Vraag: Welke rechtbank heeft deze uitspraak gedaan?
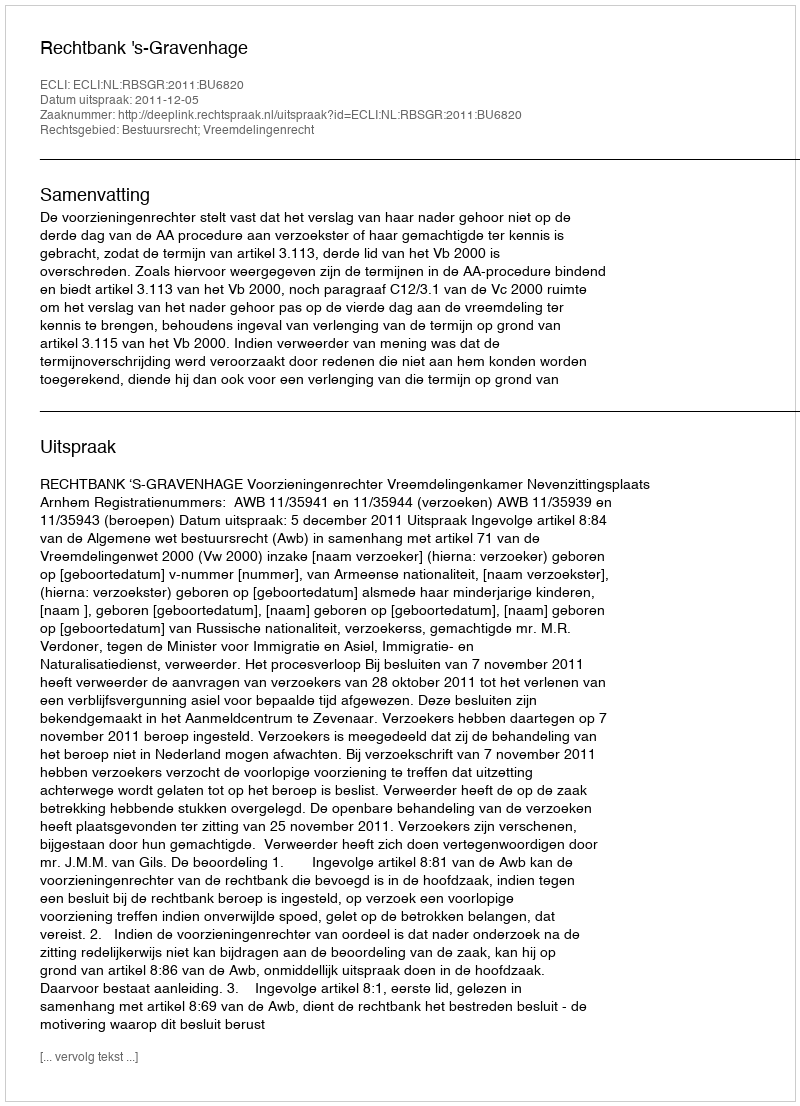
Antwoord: Rechtbank 's-Gravenhage